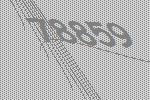
78859